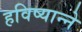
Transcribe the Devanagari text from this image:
हविष्यान्ने